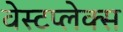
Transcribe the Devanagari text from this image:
वेस्टप्लेक्स